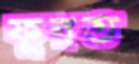
ফুরত